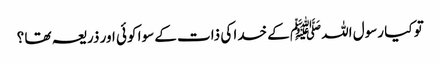
تو کیا رسول اللہﷺ کے خدا کی ذات کے سوا کوئی اور ذریعہ تھا ؟